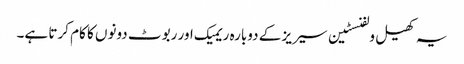
یہ کھیل ولفنسٹین سیریز کے دوبارہ ریمیک اور ربوٹ دونوں کا کام کرتا ہے۔